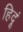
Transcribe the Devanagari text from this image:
हिदूं